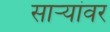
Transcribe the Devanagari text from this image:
साऱ्यांवर